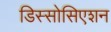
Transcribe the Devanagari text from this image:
डिस्सोसिएशन